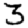
Digit: 3